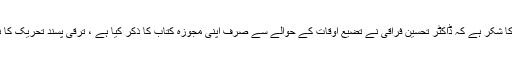
خدا کا شکر ہے کہ ڈاکٹر تحسین فراقی نے تضیع اوقات کے حوالے سے صرف اپنی مجوزہ کتاب کا ذکر کیا ہے ، ترقی پسند تحریک کا نہیں۔